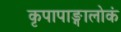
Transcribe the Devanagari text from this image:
कृपापाङ्गालोकं